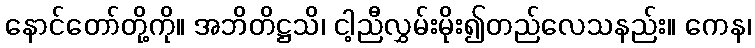
နောင်တော်တို့ကို။ အဘိတိဋ္ဌသိ၊ ငါ့ညီလွှမ်းမိုး၍တည်လေသနည်း။ ကေန၊